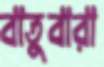
বাতুবারা